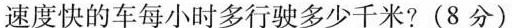
速度快的车每小时多行驶多少千米?(8分)